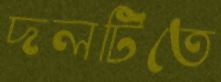
দলটিতে